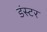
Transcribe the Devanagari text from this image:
डंस्टर